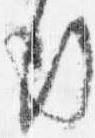
行